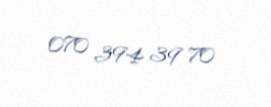
070 394 39 70